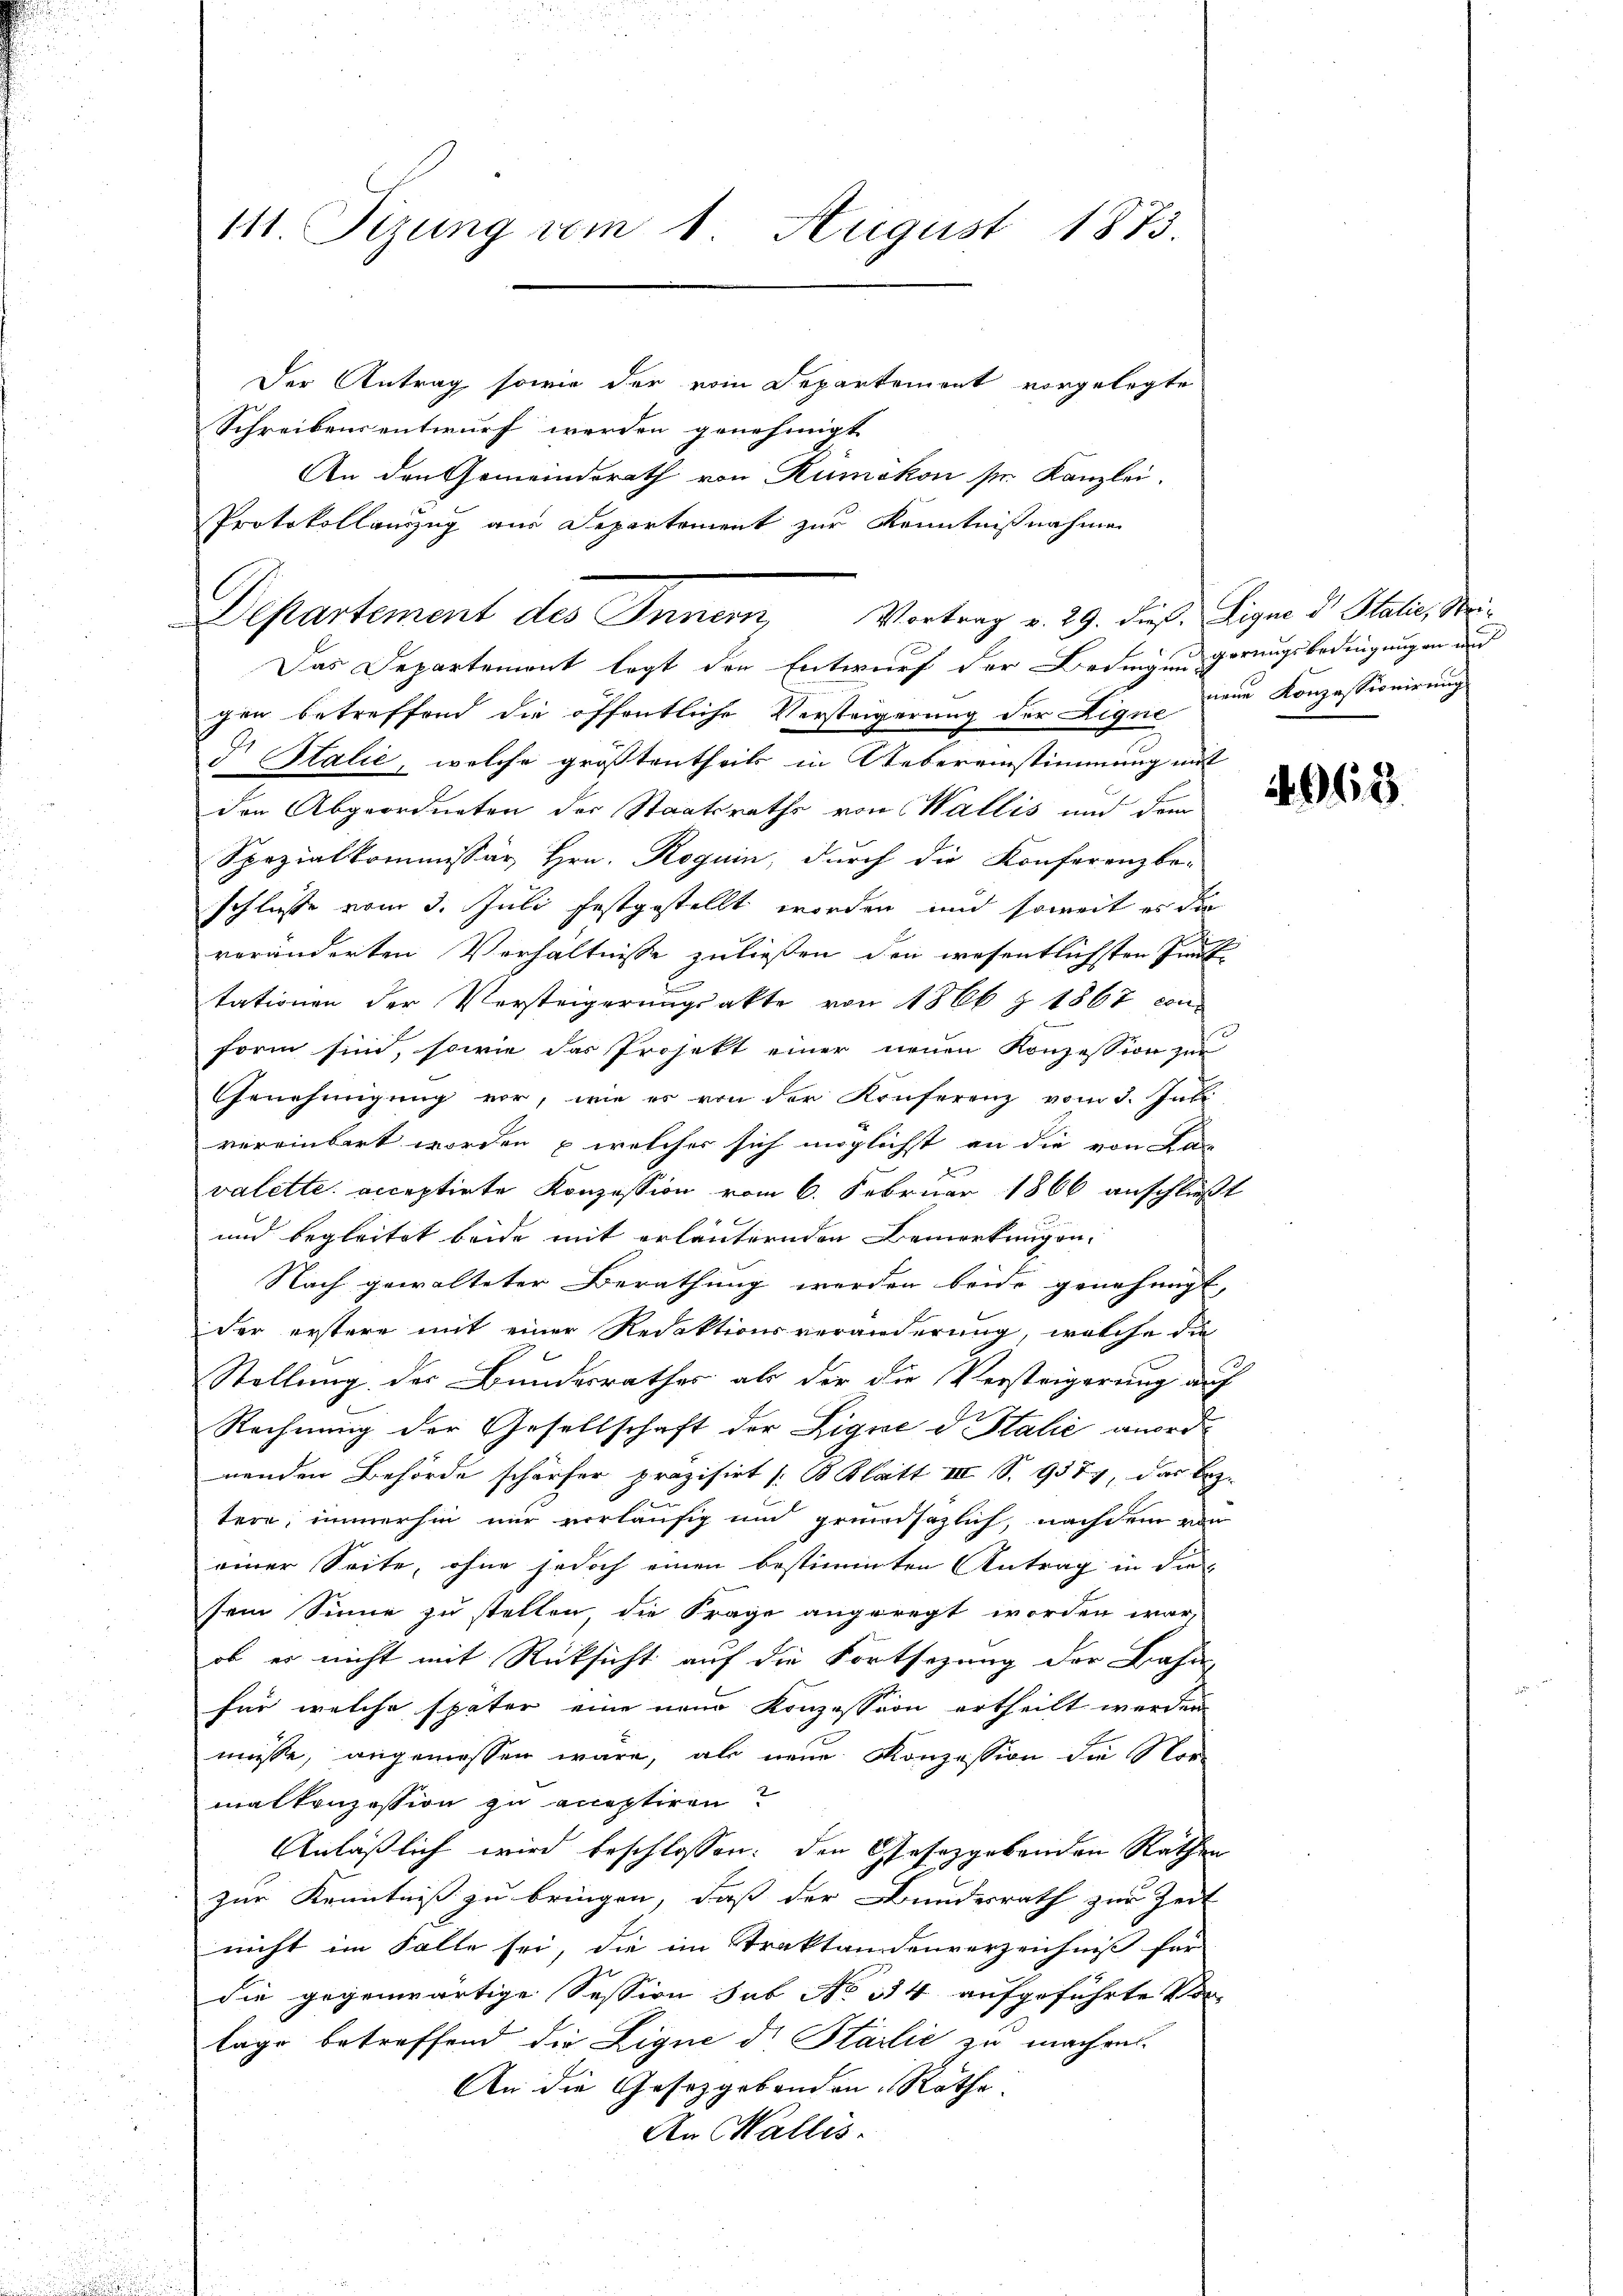
111. Sizung vom 1. August 1873.

Der Antrag sowie der vom Departement vorgelegte
Schreibens entwurf werden genehmigt
An den Gemeindsrath von Rümikon pr. Kanzlei.
Protokollanzug aus Departement zur Kenntnißnahme
gen betreffend die öffentliche Versteigerung der Lique eine Konzessionirung
d talić, welche größtentheils in Uebereinstimmung mit
den Abgeordneten der Staatsraths von Wallis und dem
Spezialkommissär Hrn. Roguin, durch die Konferenzbo-
schliesse vom 3. Juli festgestellt worden und soweit es die
veränderten Verhältnisse zuließen den wesentlichsten Gru
tationen der Versteigerungsakte von 1866 § 1867 von
form sind, sowie das Projekt einer neuen Konzession zur
Genehmigung vor, wie es von der Konferenz vom 3. Juli
vereinbart worden, welcher sich möglichst an die von Lan
valette acceptirte Konzession vom 6. Februar 1866 anschließt
und begleitet beide mit erläuternden Bemerkungen,
Nach gewalteter Berathung werden beide genehmigt,
der erstere mit einer Redaktionsveränderung, welche die
Stellung der Bundesrathes als dir die Versteigerung auf
Rechnung der Gesellschaft der Lique d. Salić anordnenden Behörde schärfer präzisirt [B Blatt III S. 9377, das Beze
tere, immerhin nur vorläufig und grundsazlich, nachdem von
einer Seite, ohne jedoch einen bestimmten Antrag in die
sein Sinne zu stellen, die Frage angeregt worden war,
ob er nicht mit Rücksicht auf die Fortsezung der Bahn
für welche später eine neue Konzession ertheilt werden
müsse, angemessen wäre, als neue Konzession die Nor-
malkonzession zu acceptiren?
Anläßlich wird beschlossen: den Gesetzgebenden Rathen
zur Kenntniß zu bringen, daß der Bundesrath zur Zeit
nicht im Falle sei, die im Traktandenverzeichniß für
die gegenwärtige Session sub No 314 aufgeführte Vor-
lage betreffend die Ligne d. Stadlić zu machen.
An die Gesetzgebenden Rathe
An Wallis.

Departement des Innern, Vortrag v. 29. dieß. Eigen d. Statis, Mei¬
Das Departemont legt den Entwurf der Bedingen gerungsbedingungen und

4065